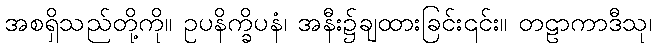
အစရှိသည်တို့ကို။ ဥပနိက္ခိပနံ၊ အနီး၌ချထားခြင်း၎င်း။ တဠာကာဒီသု၊